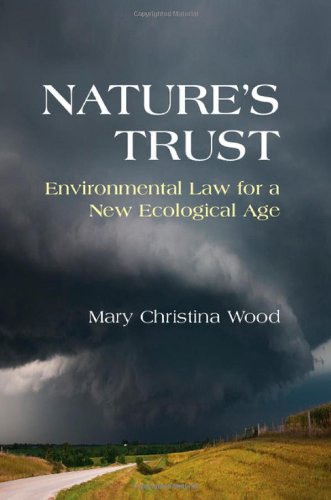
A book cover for Nature's Trust: Environmental Law for a New Ecological Age; Mary Christina Wood; Law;